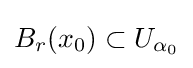
B_{r}(x_{0})\subset U_{\alpha _{0}}